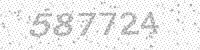
Solution: 587724